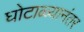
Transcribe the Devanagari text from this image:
घोटाळ्यानंतर